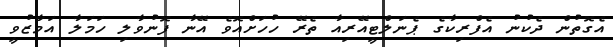
އެގޮތުން ދެކުނު އެފްރިކާގެ ޕެނަލްޓީއޭރިއާ ތެރޭ ހުހަށްއޮވެ އޭނާ ފޮނުވާލި ހަމަލާ އަމާޒުވީ